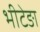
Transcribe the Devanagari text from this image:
भीटेङा